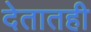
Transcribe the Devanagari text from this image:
देतातही